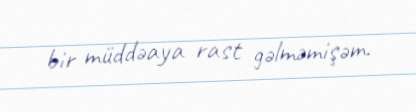
bir müddəaya rast gəlməmişəm.